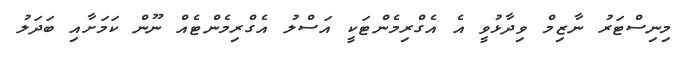
މިނިސްޓަރު ނާޒިމް ވިދާޅުވީ އެ އެގްރިމެންޓަކީ އަސްލު އެގްރިމެންޓެއް ނޫން ކަމަށާއި ބަދަލު